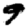
Digit: 9